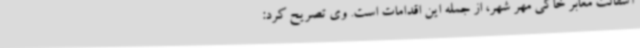
آسفالت معابر خاکی مهر شهر، از جمله این اقدامات است. وی تصریح کرد: